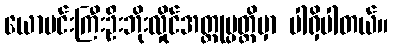
ယောမင်းကြီးဦးဘိုးလှိုင်အတ္ထုပ္ပတ္တိမှာ ပါရှိပါတယ်။